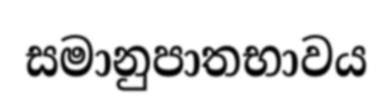
සමානුපාතභාවය